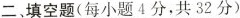
二、填空题(每小题4分，共32分)